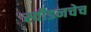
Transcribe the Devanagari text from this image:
स्वीडनचेच